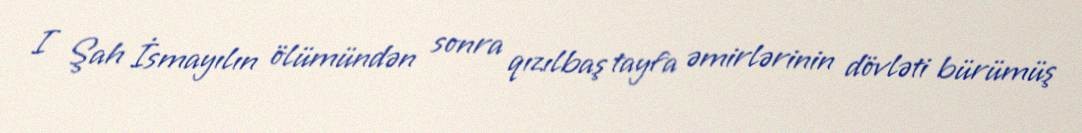
I Şah İsmayılın ölümündən sonra qızılbaş tayfa əmirlərinin dövləti bürümüş